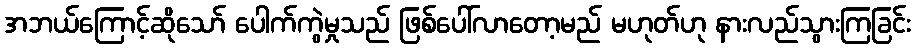
အဘယ်ကြောင့်ဆိုသော် ပေါက်ကွဲမှုသည် ဖြစ်ပေါ်လာတော့မည် မဟုတ်ဟု နားလည်သွားကြခြင်း